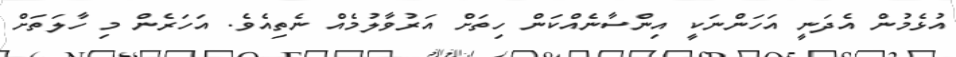
އުޅެމުން އެދަނީ އަހަންނަކީ އިންސާނެއްކަން ހިތަށް އަރުވާލުމެއް ނެތިއެވެ. އަހަރެން މި ހާލަތަށް